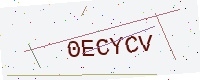
Text: 0ECYCV